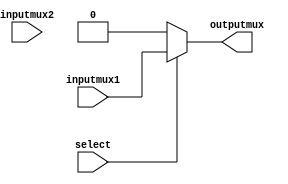
 module DRAM_write_enable_mux(output wire outputmux,
										input wire inputmux1,
										input wire inputmux2,
										input wire select);
													 
assign outputmux = select ? inputmux1:0;

endmodule